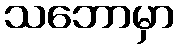
သဘောမှာ